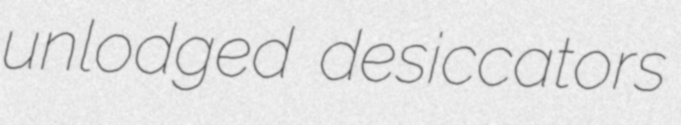
unlodged desiccators